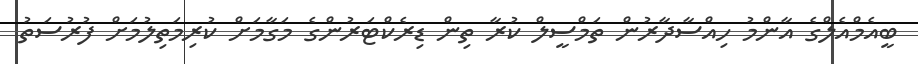
ބީއެމްއެލްގެ އާންމު ހިއްސާދާރުން ތަމްސީލް ކުރާ ތިން ޑިރެކްޓަރުންގެ މަގާމަށް ކުރިމަތިލުމަށް ފުރުސަތު